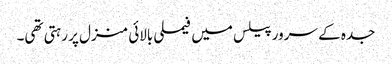
جدہ کے سرور پیلس میں فیملی بالائی منزل پر رہتی تھی۔